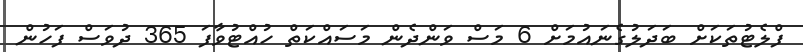
ފްލެޓުތަކަށް ބަދަލުގެނައުމަށް 6 މަސް ވަންދެން މަސައްކަތް ހުއްޓުވާފަ 365 ދުވަސް ފަހުން